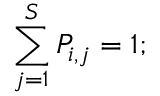
\sum _ { j = 1 } ^ { S } P _ { i , j } = 1 ;